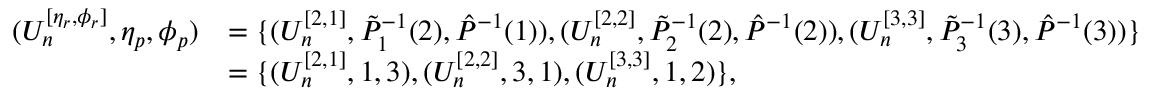
\begin{array} { r l } { ( U _ { n } ^ { [ \eta _ { r } , \phi _ { r } ] } , \eta _ { p } , \phi _ { p } ) } & { = \{ ( U _ { n } ^ { [ 2 , 1 ] } , \Tilde { P } _ { 1 } ^ { - 1 } ( 2 ) , \hat { P } ^ { - 1 } ( 1 ) ) , ( U _ { n } ^ { [ 2 , 2 ] } , \Tilde { P } _ { 2 } ^ { - 1 } ( 2 ) , \hat { P } ^ { - 1 } ( 2 ) ) , ( U _ { n } ^ { [ 3 , 3 ] } , \Tilde { P } _ { 3 } ^ { - 1 } ( 3 ) , \hat { P } ^ { - 1 } ( 3 ) ) \} } \\ & { = \{ ( U _ { n } ^ { [ 2 , 1 ] } , 1 , 3 ) , ( U _ { n } ^ { [ 2 , 2 ] } , 3 , 1 ) , ( U _ { n } ^ { [ 3 , 3 ] } , 1 , 2 ) \} , } \end{array}